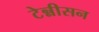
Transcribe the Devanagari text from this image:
टेन्नीसन